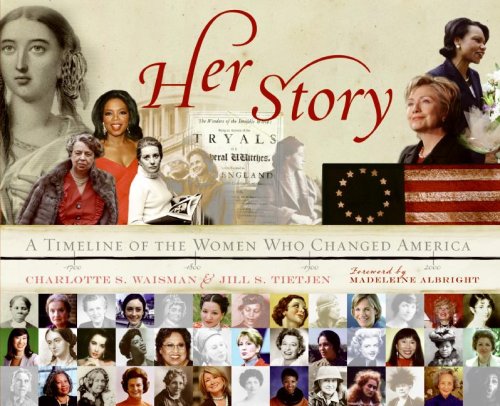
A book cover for Her Story: A Timeline of the Women Who Changed America; Charlotte S. Waisman; Politics & Social Sciences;